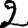
Digit: 2